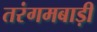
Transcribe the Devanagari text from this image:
तरंगमबाड़ी